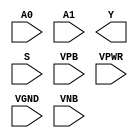
/**
 * Copyright 2020 The SkyWater PDK Authors
 *
 * Licensed under the Apache License, Version 2.0 (the "License");
 * you may not use this file except in compliance with the License.
 * You may obtain a copy of the License at
 *
 *     https://www.apache.org/licenses/LICENSE-2.0
 *
 * Unless required by applicable law or agreed to in writing, software
 * distributed under the License is distributed on an "AS IS" BASIS,
 * WITHOUT WARRANTIES OR CONDITIONS OF ANY KIND, either express or implied.
 * See the License for the specific language governing permissions and
 * limitations under the License.
 *
 * SPDX-License-Identifier: Apache-2.0
 */

`ifndef SKY130_FD_SC_HDLL__MUX2I_PP_SYMBOL_V
`define SKY130_FD_SC_HDLL__MUX2I_PP_SYMBOL_V

/**
 * mux2i: 2-input multiplexer, output inverted.
 *
 * Verilog stub (with power pins) for graphical symbol definition
 * generation.
 *
 * WARNING: This file is autogenerated, do not modify directly!
 */

`timescale 1ns / 1ps
`default_nettype none

(* blackbox *)
module sky130_fd_sc_hdll__mux2i (
    //# {{data|Data Signals}}
    input  A0  ,
    input  A1  ,
    output Y   ,

    //# {{control|Control Signals}}
    input  S   ,

    //# {{power|Power}}
    input  VPB ,
    input  VPWR,
    input  VGND,
    input  VNB
);
endmodule

`default_nettype wire
`endif  // SKY130_FD_SC_HDLL__MUX2I_PP_SYMBOL_V